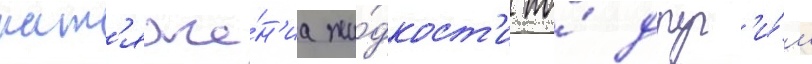
нат'яже́н'иа жи́дкост'и по́ друг'и́м